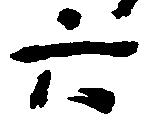
六